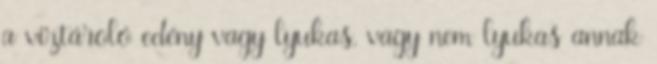
a víztároló edény vagy lyukas, vagy nem lyukas annak